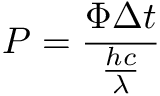
P = { \frac { \Phi \Delta t } { \frac { h c } { \lambda } } }